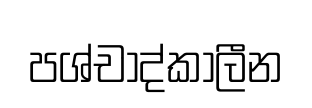
පශ්චාද්කාලීන